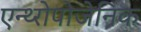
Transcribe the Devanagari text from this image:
एन्थ्‍रोपोजेनिक